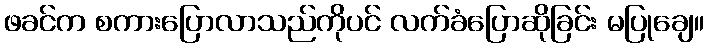
ဖခင်က စကားပြောလာသည်ကိုပင် လက်ခံပြောဆိုခြင်း မပြုချေ။